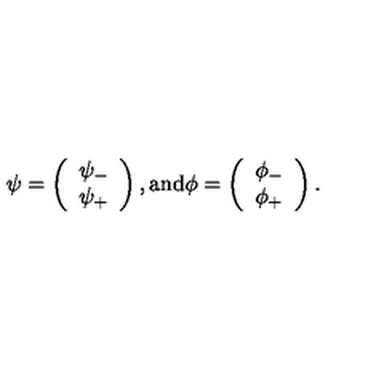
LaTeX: \psi = \left( \begin{array} { c } { \psi _ { - } } \\ { \psi _ { + } } \\ \end{array} \right) , \mathrm { a n d } \phi = \left( \begin{array} { c } { \phi _ { - } } \\ { \phi _ { + } } \\ \end{array} \right) .